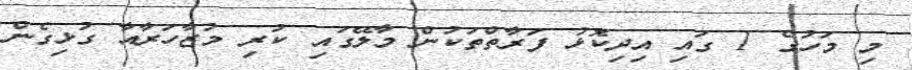
މި މަހުގެ 1 ގައި އިދިކޮޅު ފަރާތްތަކުން މާލޭގައި ކުރި މުޒާހަރާއާ ގުޅިގެން